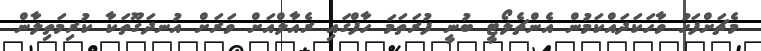
މެޗަށްފަހު ވާހަކަދައްކަމުން އެންޗެލޯޓީ ބުނީ ފުރަތަމަ ހާފްގައި ރެއާލްއަށް ވަރަށް އުނދަގޫތަކާ ކުރިމަތިލާން